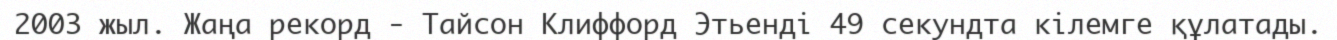
2003 жыл. Жаңа рекорд - Тайсон Клиффорд Этьендi 49 секундта кiлемге құлатады.